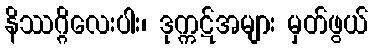
နိဿဂ္ဂိလေးပါး၊ ဒုက္ကဋ်အများ မှတ်ဖွယ်